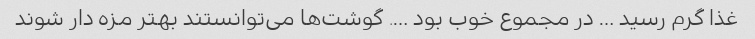
غذا گرم رسید … در مجموع خوب بود …. گوشت‌ها می‌توانستند بهتر مزه دار شوند